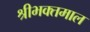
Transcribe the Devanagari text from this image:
श्रीभक्तमाल